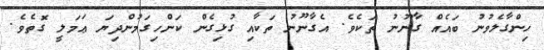
ހިންގާލެވުނު ބައެއް ގާނޫނު ތަކެވެ. އެގާނޫނު ތަކާއި ގުޅިގެން ކަންހިގަމުންދިޔަ ޢަމަލީ ގޮތެވެ.